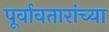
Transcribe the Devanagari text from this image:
पूर्वावतारांच्या